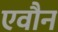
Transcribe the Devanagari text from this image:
एवौन